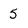
Character: 5